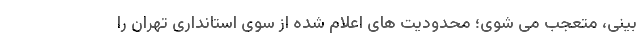
بینی، متعجب می شوی؛ محدودیت های اعلام شده از سوی استانداری تهران را